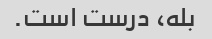
بله، درست است.